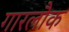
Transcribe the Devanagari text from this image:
गारलौक